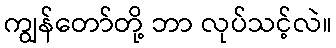
ကျွန်တော်တို့ ဘာ လုပ်သင့်လဲ။